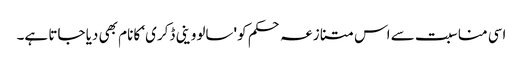
اسی مناسبت سے اس متنازعہ حکم کو 'سالووینی ڈکری‘ کا نام بھی دیا جاتا ہے۔